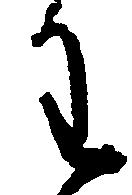
わ